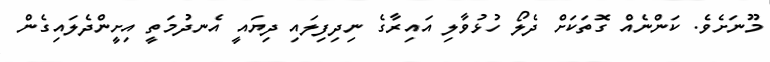
މޫނަށެވެ. ކަންނެއް ގޮތަކަށް ދެލޯ ހުޅުވާލި އައިރާގެ ނިދިފިލައި ދިޔައީ އެނދުމަތީ އިށީންދެލައިގެން